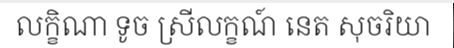
លក្ខិណា ទូច ស្រីលក្ខណ៍ នេត សុចរិយា